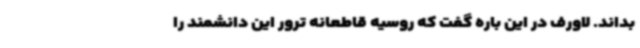
بداند. لاورف در این باره گفت که روسیه قاطعانه ترور این دانشمند را